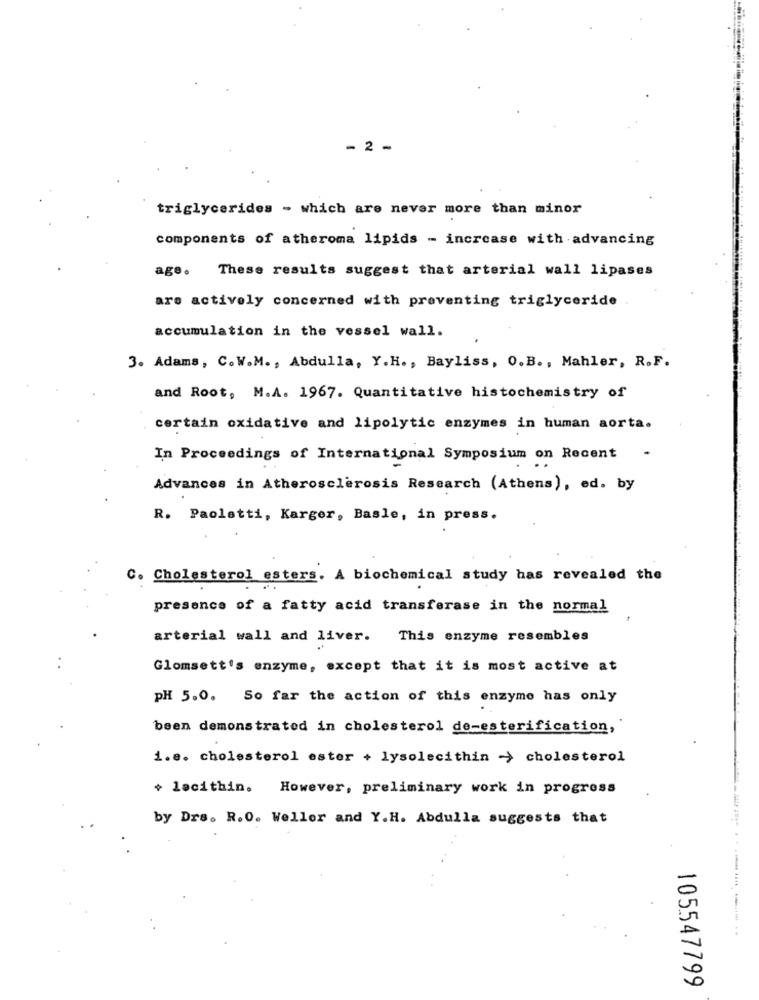
- 2 -
triglycerides - which are never more than minor
components of atheroma lipids - increase with advancing
age. These results suggest that arterial wall lipases
are actively concerned with preventing triglyceride
accumulation in the vessel wall.
3. Adams, C.W.M ., Abdulla, Y.H ., Bayliss, O. B ., Mahler, R.F.
and Root, M.A. 1967. Quantitative histochemistry of
certain oxidative and lipolytic enzymes in human aorta.
In Proceedings of International Symposium on Recent
Advances in Atherosclerosis Research (Athens), ed. by
R. Paoletti, Karger, Basle, in press.
C. Cholesterol esters. A biochemical study has revealed the
presence of a fatty acid transferase in the normal
arterial wall and liver.
This enzyme resembles
Glomsett's enzyme, except that it is most active at
PH 5.0. So far the action of this enzyme has only
been demonstrated in cholesterol de-esterification,
1.e. cholesterol ester + lysolecithin -> cholesterol
+ lecithin. However, preliminary work in progress
by Drs. R.O. Weller and Y.H. Abdulla suggests that
105547799